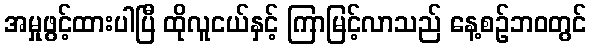
အမှုဖွင့်ထားပါပြီ ထိုလူငယ်နှင့် ကြာမြင့်လာသည် နေ့စဉ်ဘ၀တွင်